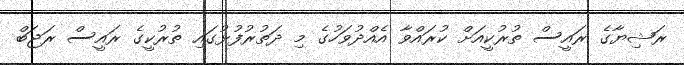
ރަޝިޔާގެ ރައީސް ތުރުކީއަށް ކުރައްވާ އެއްދުވަހުގެ މި ދަތުރުފުޅުގައި ތުރުކީގެ ރައީސް ރަޖަބް